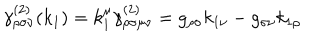
LaTeX: \gamma _ { \rho \sigma \nu } ^ { ( 2 ) } ( k _ { 1 } ) = k _ { 1 } ^ { \mu } \gamma _ { \rho \sigma \mu \nu } ^ { ( 2 ) } = g _ { \rho \sigma } k _ { 1 \nu } - g _ { \sigma \nu } k _ { 1 \rho }